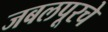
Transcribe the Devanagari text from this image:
जबलपूरचे